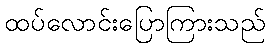
ထပ်လောင်းပြောကြားသည်